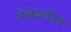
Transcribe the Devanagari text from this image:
गॅलेमधील